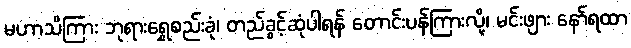
မဟာသိကြား ဘုရားရွှေစည်းခုံ၊ တည်ခွင့်ဆုံပါရန် တောင်းပန်ကြားလို့၊ မင်းဖျား နော်ရထာ